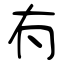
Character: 𠕇